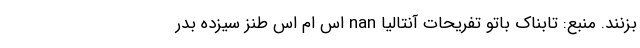
بزنند. منبع: تابناک باتو تفریحات آنتالیا nan اس ام اس طنز سیزده بدر